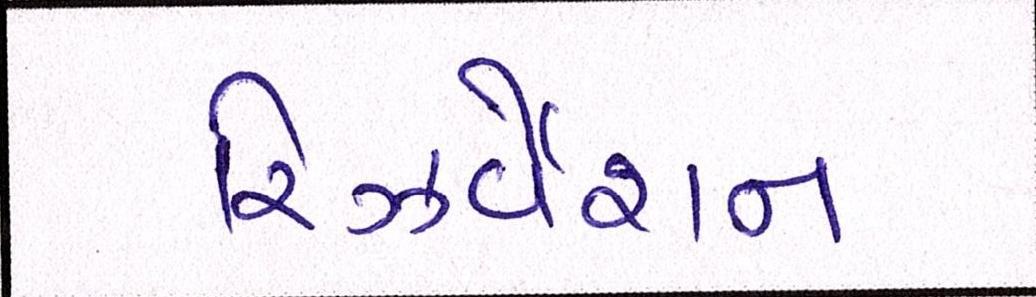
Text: રિઝર્વેશન